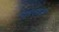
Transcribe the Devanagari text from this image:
पागलपंती